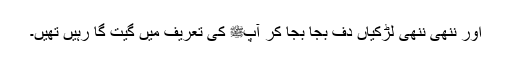
اور ننھی ننھی لڑکیاں دف بجا بجا کر آپﷺ کی تعریف میں گیت گا رہیں تھیں۔